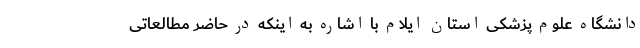
دانشگاه علوم پزشکی استان ایلام با اشاره به اینکه در حاضر مطالعاتی